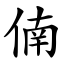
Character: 㑲